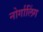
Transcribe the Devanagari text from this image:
नोर्गालिंग